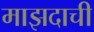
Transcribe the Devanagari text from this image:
माझदाची